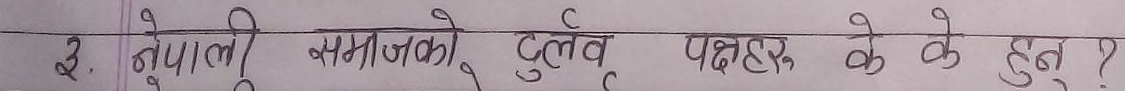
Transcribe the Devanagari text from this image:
३. नेपाली समाजको तुलुव पक्षहरू के के हुन्?